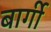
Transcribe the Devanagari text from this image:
बार्गी